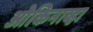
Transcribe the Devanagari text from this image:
ओकिनाव्हा